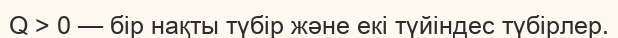
Q > 0 — бір нақты түбір және екі түйіндес түбірлер.